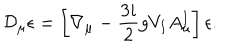
\mathcal { D } _ { \mu } \epsilon = \left[ \nabla _ { \mu } - \frac { 3 i } { 2 } g V _ { I } A _ { \mu } ^ { I } \right] \epsilon .